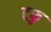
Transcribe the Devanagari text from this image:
टफु